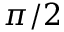
\pi / 2